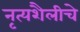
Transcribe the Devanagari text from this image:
नृत्यशैलीचे